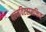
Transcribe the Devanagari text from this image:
परमविरहासक्तित